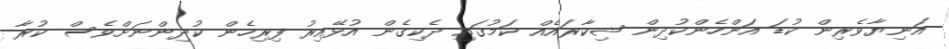
އަނިޔާވެރިން ކުޑަ އަންހެންކުދިން ޝިކާރައެއް ކަމުގައި ދެކިގެން އުޅޭއިރު ފިރިހެން ކުދިންނަށްވެސް ކުރާ